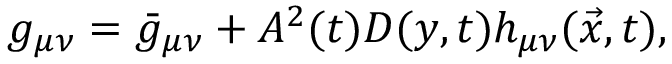
g _ { \mu \nu } = \bar { g } _ { \mu \nu } + A ^ { 2 } ( t ) D ( y , t ) h _ { \mu \nu } ( \vec { x } , t ) ,